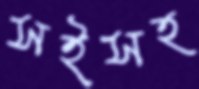
সইসহ